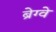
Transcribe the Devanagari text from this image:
ब्रेग्वे